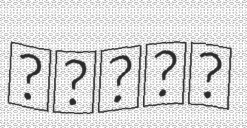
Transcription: كوالا